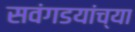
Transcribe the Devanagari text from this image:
सवंगडयांच्या